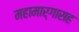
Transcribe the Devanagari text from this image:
महामार्गासह